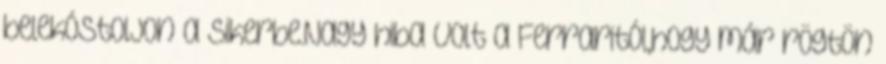
belekóstoljon a sikerbe.Nagy hiba volt a Ferraritól,hogy már rögtön